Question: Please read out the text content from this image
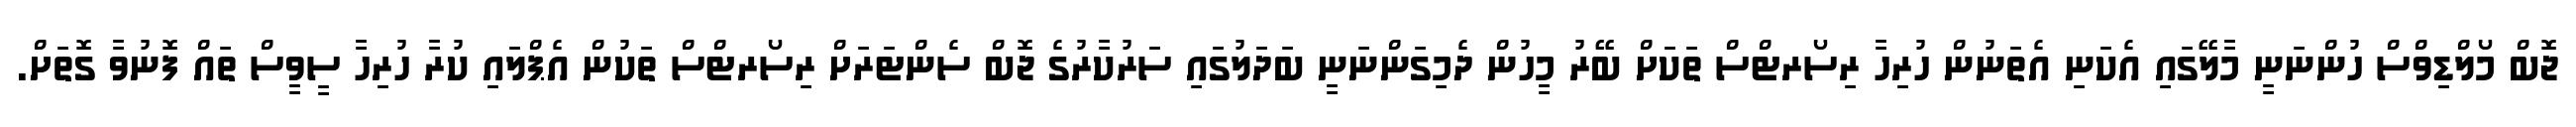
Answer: ޖޮބް މޯލްޑިވްސް ހުންނަނީ މާލޭގައި އެކަނި އެތަނުން ހުރިހާ ރިސޯރޓްސް ތަކަށް ބޭރު މީހުން ދެމިގަންނަނީ ބަދަލުގައި ސަރުކާރުގެ ޖޮބް ސެންޓަރަށް ރިސޯރޓްސް ތަކުން އެޕްލައި ކުރާ ހުރިހާ ސީވީސް ތައް ފޮނުވާ ގޮތަށް.